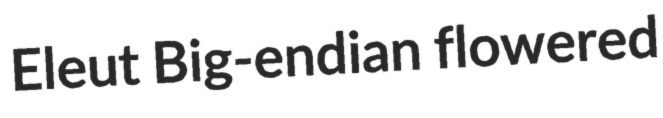
Eleut Big-endian flowered